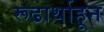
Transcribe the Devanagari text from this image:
रूढार्थाहून